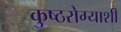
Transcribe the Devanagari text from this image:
कुष्ठरोग्याशी